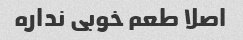
اصلا طعم خوبی نداره